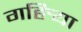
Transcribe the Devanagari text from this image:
गहिर्‍या